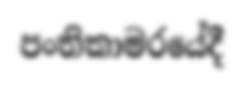
පංතිකාමරයේදී